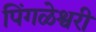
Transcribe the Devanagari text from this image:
पिंगळेश्वरी